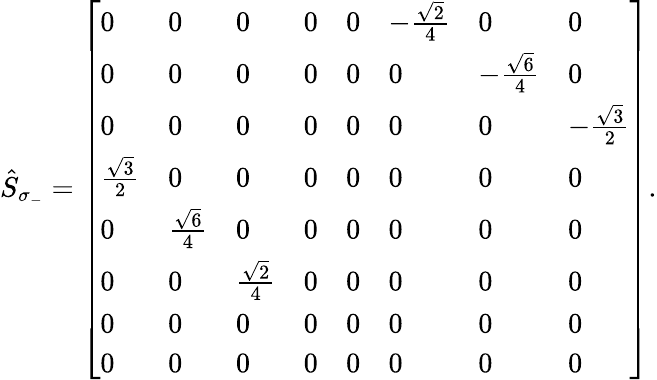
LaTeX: \begin{array}{r}{\hat{S}_{\sigma_{-}}=\left[\begin{array}{llllllll}{0}&{0}&{0}&{0}&{0}&{-\frac{\sqrt{2}}{4}}&{0}&{0}\\ {0}&{0}&{0}&{0}&{0}&{0}&{-\frac{\sqrt{6}}{4}}&{0}\\ {0}&{0}&{0}&{0}&{0}&{0}&{0}&{-\frac{\sqrt{3}}{2}}\\ {\frac{\sqrt{3}}{2}}&{0}&{0}&{0}&{0}&{0}&{0}&{0}\\ {0}&{\frac{\sqrt{6}}{4}}&{0}&{0}&{0}&{0}&{0}&{0}\\ {0}&{0}&{\frac{\sqrt{2}}{4}}&{0}&{0}&{0}&{0}&{0}\\ {0}&{0}&{0}&{0}&{0}&{0}&{0}&{0}\\ {0}&{0}&{0}&{0}&{0}&{0}&{0}&{0}\end{array}\right].}\end{array}